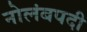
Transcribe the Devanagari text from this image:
नोलंबपदी